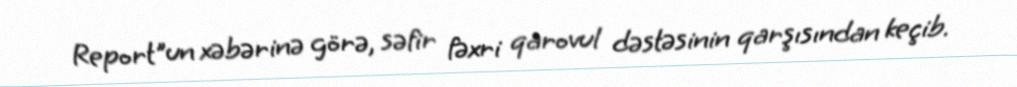
Report"un xəbərinə görə, səfir fəxri qarovul dəstəsinin qarşısından keçib.